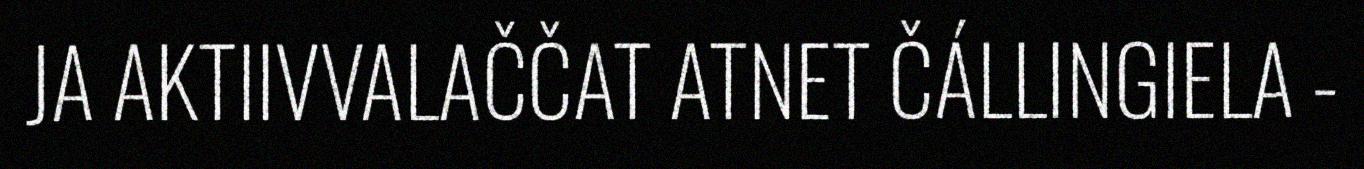
JA AKTIIVVALAČČAT ATNET ČÁLLINGIELA -